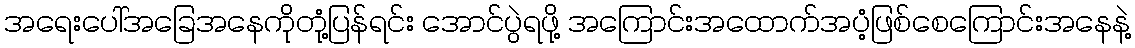
အရေးပေါ်အခြေအနေကိုတုံ့ပြန်ရင်း အောင်ပွဲရဖို့ အကြောင်းအထောက်အပံ့ဖြစ်စေကြောင်းအနေနဲ့